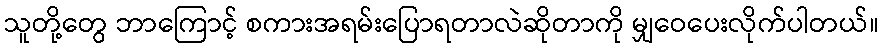
သူတို့တွေ ဘာကြောင့် စကားအရမ်းပြောရတာလဲဆိုတာကို မျှဝေပေးလိုက်ပါတယ်။